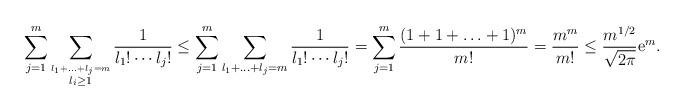
LaTeX: \begin{align*} \sum_{j=1}^m \sum_{\overset{l_1+\ldots+l_j=m}{l_i \geq 1} }\frac{1}{l_1! \cdots l_j!} \leq \sum_{j=1}^m \sum_{l_1+\ldots+l_j=m}\frac{1}{l_1! \cdots l_j!}= \sum_{j=1}^m \frac{(1+1+ \ldots+1)^m}{m!}= \frac{m^{m}}{m!} \leq \frac{m^{1/2}}{\sqrt{2\pi} } {\rm e}^{m}. \end{align*}